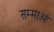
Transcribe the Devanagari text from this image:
सम्माओं